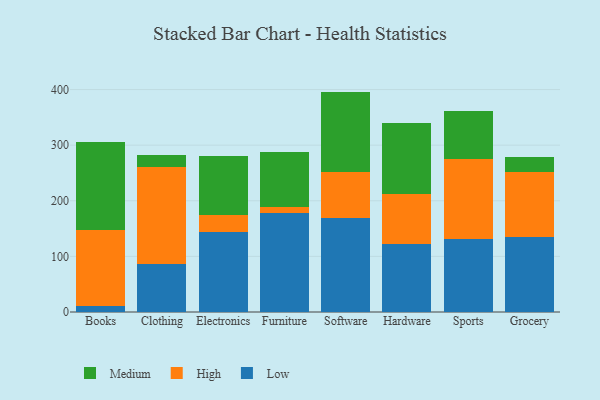
{"axis": {"x": "Category", "y": "Website Visitors"}, "legend": ["High", "Low", "Medium"], "data": [{"x": "Books", "y": 11.5, "type": "Low"}, {"x": "Books", "y": 136.7, "type": "High"}, {"x": "Books", "y": 156.9, "type": "Medium"}, {"x": "Clothing", "y": 86.8, "type": "Low"}, {"x": "Clothing", "y": 174.6, "type": "High"}, {"x": "Clothing", "y": 21.5, "type": "Medium"}, {"x": "Electronics", "y": 144.0, "type": "Low"}, {"x": "Electronics", "y": 30.3, "type": "High"}, {"x": "Electronics", "y": 106.8, "type": "Medium"}, {"x": "Furniture", "y": 178.4, "type": "Low"}, {"x": "Furniture", "y": 11.3, "type": "High"}, {"x": "Furniture", "y": 97.3, "type": "Medium"}, {"x": "Software", "y": 169.0, "type": "Low"}, {"x": "Software", "y": 82.9, "type": "High"}, {"x": "Software", "y": 144.4, "type": "Medium"}, {"x": "Hardware", "y": 121.8, "type": "Low"}, {"x": "Hardware", "y": 89.6, "type": "High"}, {"x": "Hardware", "y": 128.1, "type": "Medium"}, {"x": "Sports", "y": 131.5, "type": "Low"}, {"x": "Sports", "y": 143.3, "type": "High"}, {"x": "Sports", "y": 86.7, "type": "Medium"}, {"x": "Grocery", "y": 134.0, "type": "Low"}, {"x": "Grocery", "y": 117.7, "type": "High"}, {"x": "Grocery", "y": 27.8, "type": "Medium"}]}